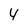
Character: 4